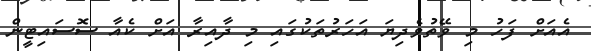
އެއަށް ފަހު މި ވޭތުވެދިޔަ އަހަރުތަކުގައި މި ދާއިރާ އަށް ކެއާ ސޮސައިޓީން